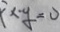
( x - y = 0